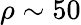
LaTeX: \rho\sim 50